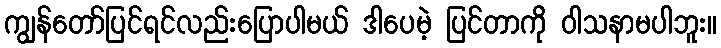
ကျွန်တော်ပြင်ရင်လည်းပြောပါမယ် ဒါပေမဲ့ ပြင်တာကို ဝါသနာမပါဘူး။